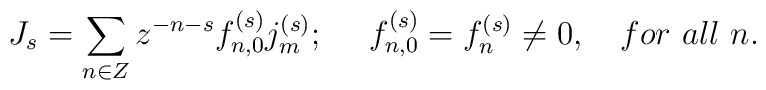
J_s =\sum_{n\in Z} z^{-n-s}  f_{n,0}^{(s)} j_m^{(s)};\ \ \ \ f_{n,0}^{(s)}=f_n^{(s)}\neq 0, \ \ \ for\ all\  n.